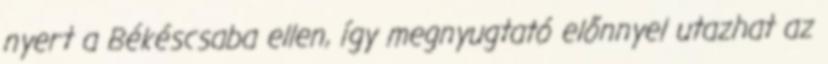
nyert a Békéscsaba ellen, így megnyugtató előnnyel utazhat az